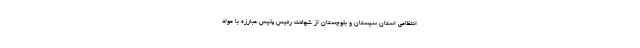
انتظامی استان سیستان و بلوچستان از شهادت رئیس پلیس مبارزه با مواد